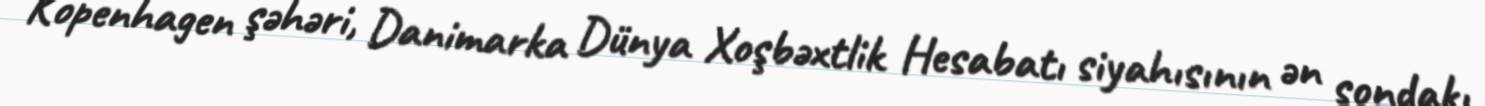
Kopenhagen şəhəri, Danimarka Dünya Xoşbəxtlik Hesabatı siyahısının ən sondakı